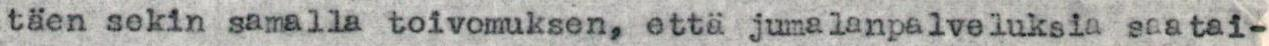
täen sekin samalla toivomuksen, että jumalanpalveluksia saatai-